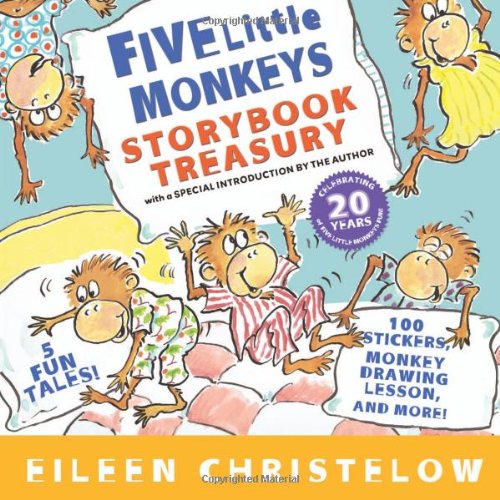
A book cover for Five Little Monkeys Storybook Treasury (A Five Little Monkeys Story); Eileen Christelow; Children's Books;